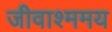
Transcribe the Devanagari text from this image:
जीवाश्ममय